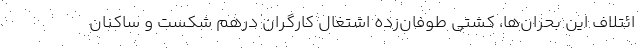
ائتلاف این بحران‌ها، کشتی طوفان‌زده اشتغال کارگران درهم شکست و ساکنان